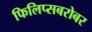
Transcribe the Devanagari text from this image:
फिलिप्सबरोबर